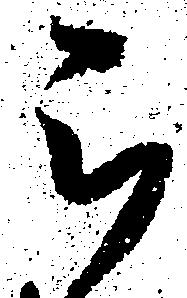
被